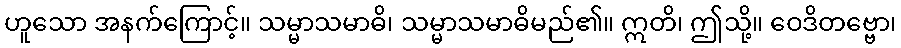
ဟူသော အနက်ကြောင့်။ သမ္မာသမာဓိ၊ သမ္မာသမာဓိမည်၏။ ဣတိ၊ ဤသို့။ ဝေဒိတဗ္ဗော၊